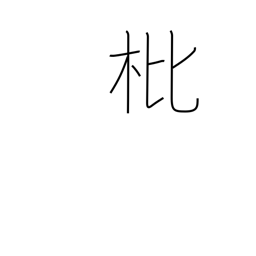
Meaning: loquat